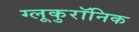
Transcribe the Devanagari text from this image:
ग्लूकुरॉनिक